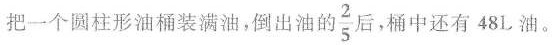
把一个圆柱形油桶装满油，倒出油的 \frac {2} {5} 后，桶中还有48L油。